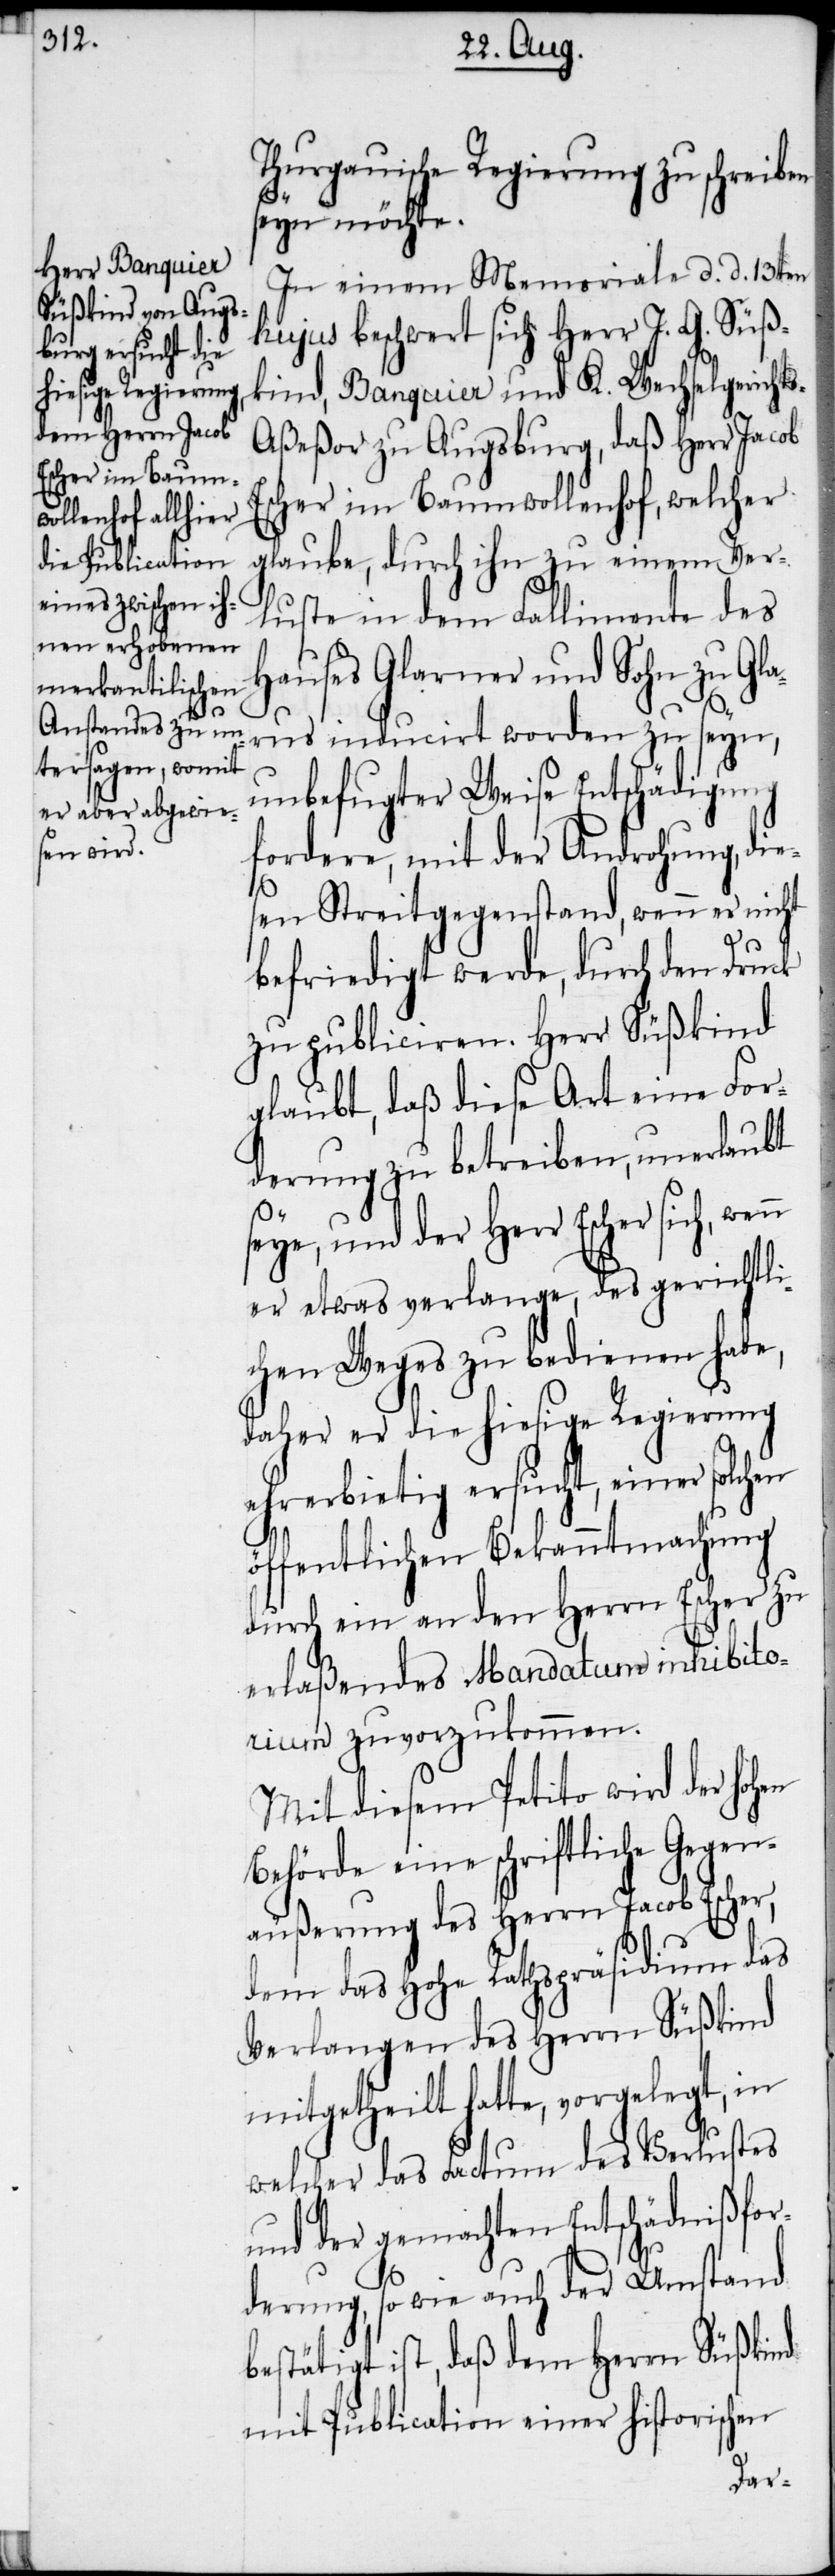
Thurgauische Regierung zu schreiben
seyn möchte.
In einem Memoriale d. d. 13ten
hujus beschwert sich Herr J. G. Süß¬
kind, Banquier und K. Wechselgericht¬
s-Aßeßor zu Augsburg, daß Herr Jacob
Escher im Baumwollenhof, welcher
glaube, durch ihn zu einem Ver¬
luste in dem Fallimente des
Hauses Glarner und Sohn zu Gla¬
rus inducirt worden zu seyn,
unbefugter Weise Entschädigung
fordere, mit der Androhung, die¬
sen Streitgegenstand, wenn er nicht
befriedigt werde, durch den Druck
zu publiciren. Herr Süßkind
glaubt, daß diese Art eine For¬
derung zu betreiben, unerlaubt
seye, und der Herr Escher sich, wenn
er etwas verlange, des gerichtli¬
chen Weges zu bedienen habe,
daher er die hiesige Regierung
ehrerbietig ersucht, einer solchen
öffentlichen Bekanntmachung
durch ein an den Herrn Escher zu
erlaßendes Mandatum inhibitor¬
ium zuvorzukommen.
Mit diesem Petito wird der hohen
Behörde eine schriftliche Gegen¬
äußerung des Herrn Jacob Escher,
dem das hohe Rathspräsidium das
Verlangen des Herrn Süßkind
mitgetheilt hatte, vorgelegt, in
welcher das Factum des Verlustes
und der gemachten Entschädnißfor¬
derung, so wie auch der Umstand
bestätigt ist, daß dem Herrn Süßkind
mit Publication einer historischen